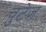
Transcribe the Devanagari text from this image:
चुटेज़